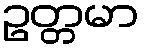
ဥတ္တမာ